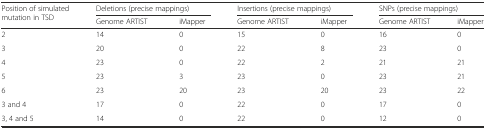
<table><thead><tr><td rowspan="2"><b>Position of simulated mutation in TSD</b></td><td colspan="2"><b>Deletions (precise mappings)</b></td><td colspan="2"><b>Insertions (precise mappings)</b></td><td colspan="2"><b>SNPs (precise mappings)</b></td></tr><tr><td><b>Genome ARTIST</b></td><td><b>iMapper</b></td><td><b>Genome ARTIST</b></td><td><b>iMapper</b></td><td><b>Genome ARTIST</b></td><td><b>iMapper</b></td></tr></thead><tbody><tr><td>2</td><td>14</td><td>0</td><td>15</td><td>0</td><td>16</td><td>0</td></tr><tr><td>3</td><td>20</td><td>0</td><td>22</td><td>8</td><td>23</td><td>0</td></tr><tr><td>4</td><td>23</td><td>0</td><td>22</td><td>2</td><td>21</td><td>21</td></tr><tr><td>5</td><td>23</td><td>3</td><td>23</td><td>0</td><td>23</td><td>21</td></tr><tr><td>6</td><td>23</td><td>20</td><td>23</td><td>20</td><td>23</td><td>22</td></tr><tr><td>3 and 4</td><td>17</td><td>0</td><td>22</td><td>0</td><td>17</td><td>0</td></tr><tr><td>3, 4 and 5</td><td>14</td><td>0</td><td>22</td><td>0</td><td>12</td><td>0</td></tr></tbody></table>